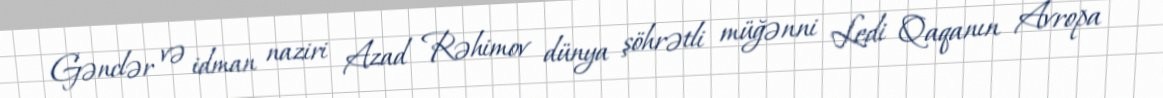
Gənclər və idman naziri Azad Rəhimov dünya şöhrətli müğənni Ledi Qaqanın Avropa